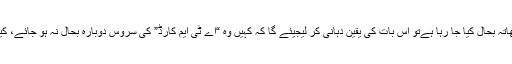
اب جب کہ آپ کی عنایت کی وجہ سے وہ کھاتہ بحال کیا جا رہا ہےتو اس بات کی یقین دہانی کر لیجیئے گا کہ کہیں وہ “اے ٹی ایم کارڈ” کی سروس دوبارہ بحال نہ ہو جائے، کیونکہ مجھے اسکی ہرگز ضرورت نہیں ہے۔